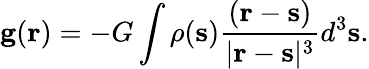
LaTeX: \mathbf{g}(\mathbf{r})=-G\int\rho(\mathbf{s}){\frac{(\mathbf{r}-\mathbf{s})}{|\mathbf{r}-\mathbf{s}|^{3}}}d^{3}\mathbf{s}.